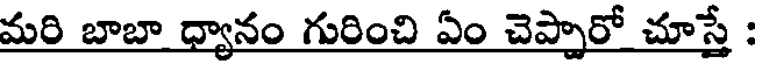
మరి బాబా ధ్యానం గురించి ఏం చెప్పారో చూస్తే :